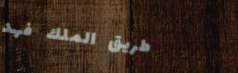
طريق الملك فهد